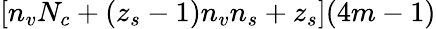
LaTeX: [n_{v}N_{c}+(z_{s}-1)n_{v}n_{s}+z_{s}](4m-1)